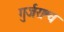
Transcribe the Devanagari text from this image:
गुर्जराश्च